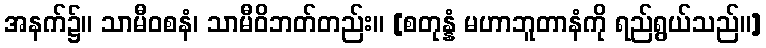
အနက်၌။ သာမီဝစနံ၊ သာမီဝိဘတ်တည်း။ [စတုန္နံ မဟာဘူတာနံကို ရည်ရွယ်သည်။]